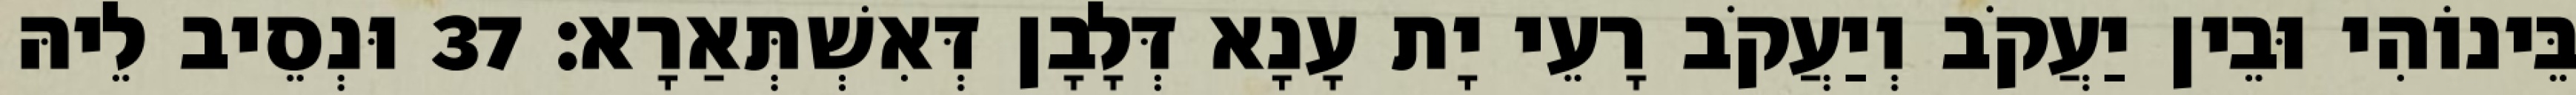
בֵּינוֹהִי וּבֵין יַעֲקֹב וְיַעֲקֹב רָעֵי יָת עָנָא דְּלָבָן דְּאִשְׁתְּאַרָא׃ 37 וּנְסֵיב לֵיהּ